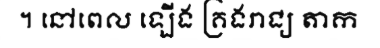
។ នៅពេល ឡើង គ្រងរាជ្យ តាក